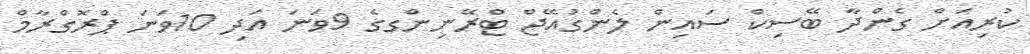
ކުރިއަށް ގެންދާ ބޭސިކް ސައިން ލެންގުއޭޖް ޓްރޭނިންގގެ 9ވަނަ އަދި 10ވަނަ ޕްރޮގްރާމް